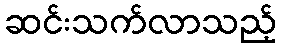
ဆင်းသက်လာသည့်